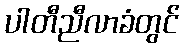
ပါတီညီလာခံတွင်